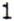
1